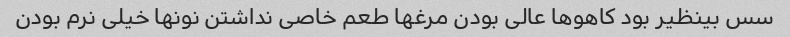
سس بینظیر بود کاهوها عالی بودن مرغها طعم خاصی نداشتن نونها خیلی نرم بودن